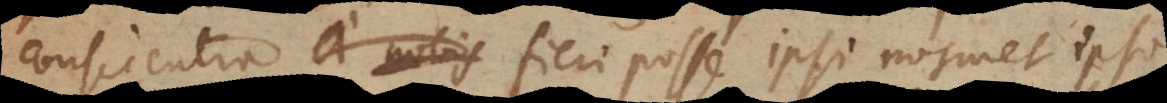
conscientia a nobis fieri posse ipsi nosmetipso